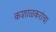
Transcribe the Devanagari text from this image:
कशाळकरांचा